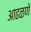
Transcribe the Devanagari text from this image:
आढळणे